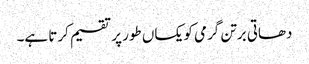
دھاتی برتن گرمی کو یکساں طور پر تقسیم کرتا ہے۔